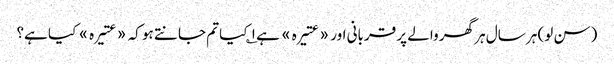
(سن لو) ہر سال ہر گھر والے پر قربانی اور «عتیرہ» ہے ۱؎ کیا تم جانتے ہو کہ «عتیرہ» کیا ہے؟